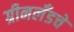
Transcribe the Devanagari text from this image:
ग्रीनलँडचे